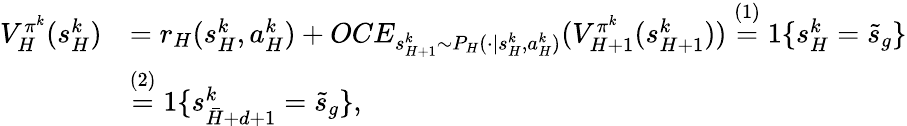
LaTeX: \begin{array}{rl}{V_{H}^{\pi^{k}}(s_{H}^{k})}&{=r_{H}(s_{H}^{k},a_{H}^{k})+OCE_{s_{H+1}^{k}\sim P_{H}(\cdot\vert s_{H}^{k},a_{H}^{k})}(V_{H+1}^{\pi^{k}}(s_{H+1}^{k}))\overset{(1)}{=}1\{ s_{H}^{k}=\tilde{s}_{g}\} }\\ &{\overset{(2)}{=}1\{ s_{\bar{H}+d+1}^{k}=\tilde{s}_{g}\} ,}\end{array}